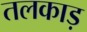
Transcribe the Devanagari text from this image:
तलकाड़